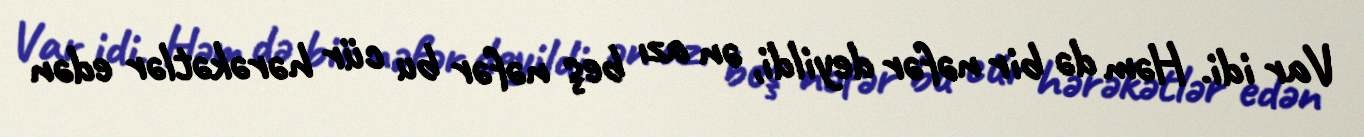
Var idi. Həm də bir nəfər deyildi, ən azı beş nəfər bu cür hərəkətlər edən